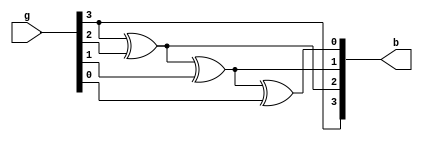
module GraytoBinary(b,g);
input [3:0]g;
output [3:0]b;
or(b[3],g[3],g[3]);
xor(b[2],g[3],g[2]);
xor(b[1],b[2],g[1]);
xor(b[0],b[1],g[0]);
endmodule